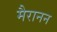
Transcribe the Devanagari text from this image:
मैरानन